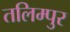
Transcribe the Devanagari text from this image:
तलिम्पुर